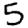
Digit: 5